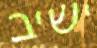
ישיב